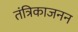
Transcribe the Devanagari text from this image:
तंत्रिकाजनन